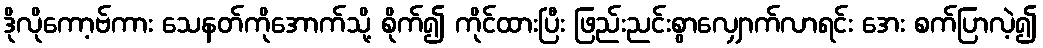
ဒိုလိုကော့ဗ်ကား သေနတ်ကိုအောက်သို့ စိုက်၍ ကိုင်ထားပြီး ဖြည်းညင်းစွာလျှောက်လာရင်း အေး စက်ပြာလဲ့၍